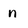
Character: n